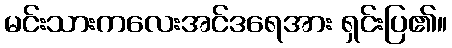
မင်းသားကလေးအင်ဒရေအား ရှင်းပြ၏။